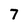
Character: 7